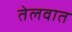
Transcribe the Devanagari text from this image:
तेलवात